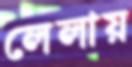
লেলায়